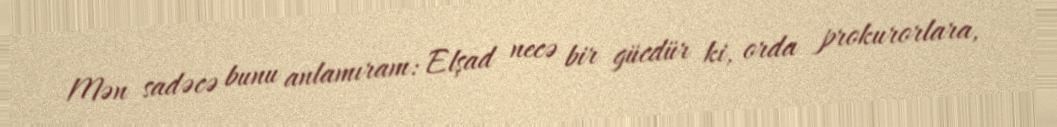
Mən sadəcə bunu anlamıram: Elşad necə bir gücdür ki, orda prokurorlara,